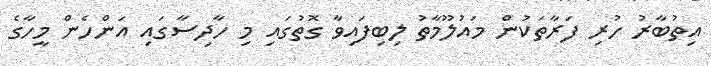
އިތުބާރު ހުރި ފަރާތަކުން މައުލޫމާތު ލިބިފައިވާ ގޮތުގައި މި ހާދިސާގައި އަންހެން މީހާގެ